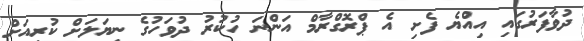
ދުވާފަރުގައި އިއްޔެ ފެށި އެ ޕްރޮގްރާމް އަންނަ ހުކުރު ދުވަހުގެ ނިޔަލަށް ކުރިއަށް